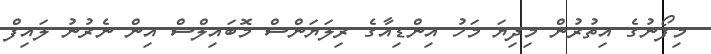
މިފޯނުގެ އިތުރުން މިދިޔަ މަހު އިންޑިއާގެ ރިލަޔަންސް މޮބައިލްސް އިން ނެރުނު ލައިފް